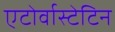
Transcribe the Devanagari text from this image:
एटोर्वास्टेटिन